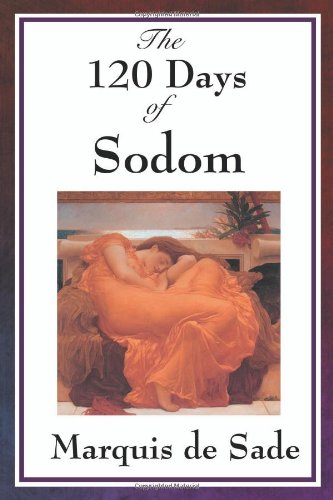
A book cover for The 120 Days of Sodom; Marquis de Sade; Romance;